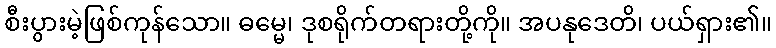
စီးပွားမဲ့ဖြစ်ကုန်သော။ ဓမ္မေ၊ ဒုစရိုက်တရားတို့ကို။ အပနုဒေတိ၊ ပယ်ရှား၏။